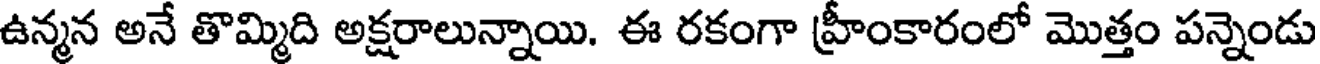
ఉన్మన అనే తొమ్మిది అక్షరాలున్నాయి. ఈ రకంగా హ్రీంకారంలో మొత్తం పన్నెండు